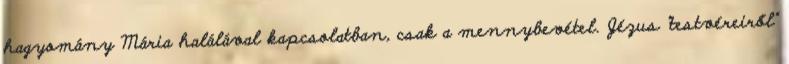
hagyomány Mária halálával kapcsolatban, csak a mennybevétel. Jézus "testvéreiről"